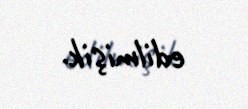
edilmişik.